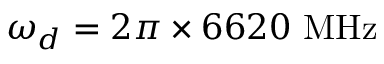
\omega _ { d } = 2 \pi \times 6 6 2 0 ~ \mathrm { M H z }